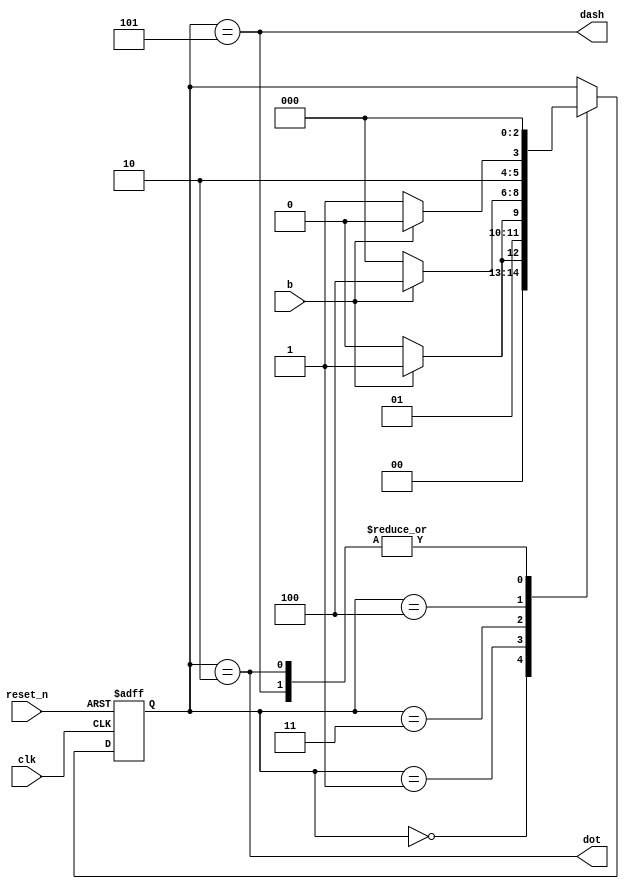
`timescale 1ns / 1ps

module dot_dash_fsm(
    input clk, reset_n, b,
    output dot, dash
    );
    
    reg [2:0] state_next, state_reg;
    localparam s0 = 0;
    localparam s1 = 1;
    localparam s2 = 2;
    localparam s3 = 3;
    localparam s4 = 4;
    localparam s5 = 5;
    
    // State Register
    always@(posedge clk, negedge reset_n)
    begin
        if(~reset_n)
                state_reg <= s0;
        else
                state_reg <= state_next;
    end
    
    // Next State Logic
    always@(*)
    begin
        state_next = state_reg;
        case(state_reg)
        s0: 
            if(b)
                state_next = s1;
            else
                state_next = s0;
        s1:
            if(b)
                state_next = s3;
            else
                state_next = s2;
        s3: 
            if(b)
                state_next = s4;
            else
                state_next = s0;
        s4:
            if(b)
                state_next = s4;
            else
                state_next = s5;
        s2, s5:
                state_next = s0;
        default: state_next = state_reg;
        endcase
    end
    
    assign dot = (state_reg == s2);
    assign dash = (state_reg == s5);
endmodule